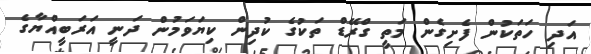
އަދި ހަތަކުން ފެށިގެން މަތީ ގްރޭޑް ތަކުގެ ކުދިން ކިޔަވަމުން ދަނީ އަރަބީއްޔާގެ